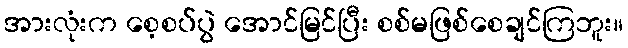
အားလုံးက စေ့စပ်ပွဲ အောင်မြင်ပြီး စစ်မဖြစ်စေချင်ကြဘူး။